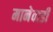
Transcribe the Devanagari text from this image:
मानेवाडी